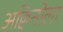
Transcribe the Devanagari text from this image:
अक्विनोला